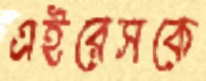
এইরেসকে